Punjab Mental Hospital Lahore 1922-31 - 1922-1931
Year: 1922
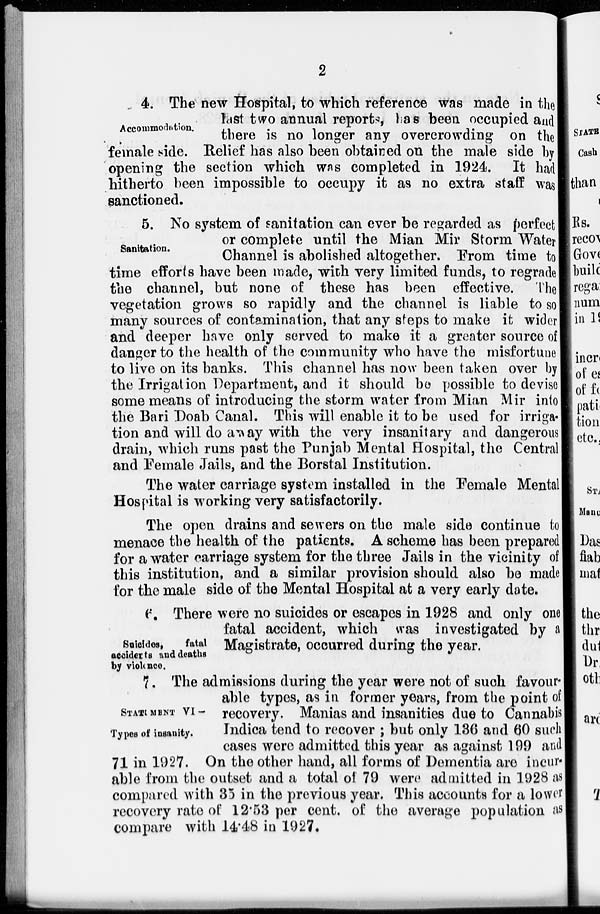
2
Accommodation.
4. The new Hospital, to which reference was made in the
last two annual reports, has been occupied and
there is no longer any overcrowding on the
female side. Relief has also been obtained on the male side by
opening the section which was completed in 1924. It had
hitherto been impossible to occupy it as no extra staff was
sanctioned.
Sanitation.
5. No system of sanitation can ever be regarded as perfect
or complete until the Mian Mir Storm Water
Channel is abolished altogether. From time to
time efforts have been made, with very limited funds, to regrade
the channel, but none of these has been effective. The
vegetation grows so rapidly and the channel is liable to so
many sources of contamination, that any steps to make it wider
and deeper have only served to make it a greater source of
danger to the health of the community who have the misfortune
to live on its banks. This channel has now been taken over by
the Irrigation Department, and it should be possible to devise
some means of introducing the storm water from Mian Mir into
the Bari Doab Canal. This will enable it to be used for irriga-
tion and will do away with the very insanitary and dangerous
drain, which runs past the Punjab Mental Hospital, the Central
and Female Jails, and the Borstal Institution.
The water carriage system installed in the Female Mental
Hospital is working very satisfactorily.
The open drains and sewers on the male side continue to
menace the health of the patients. A scheme has been prepared
for a water carriage system for the three Jails in the vicinity of
this institution, and a similar provision should also be made
for the male side of the Mental Hospital at a very early date.
Suicides,
fatal
accidents and deaths
by violence.
6. There were no suicides or escapes in 1928 and only one
fatal accident, which was investigated by a
Magistrate, occurred during the year.
STATEMENT VI —
Types of insanity.
7. The admissions during the year were not of such favour-
able types, as in former years, from the point of
recovery. Manias and insanities due to Cannabis
Indica tend to recover ; but only 186 and 60 such
cases were admitted this year as against 199 and
71 in 1927. On the other hand, all forms of Dementia are incur-
able from the outset and a total of 79 were admitted in 1928 as
compared with 35 in the previous year. This accounts for a lower
recovery rate of 12.53 per cent. of the average population as
compare with 14.48 in 1927.